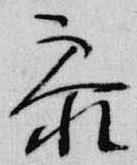
参